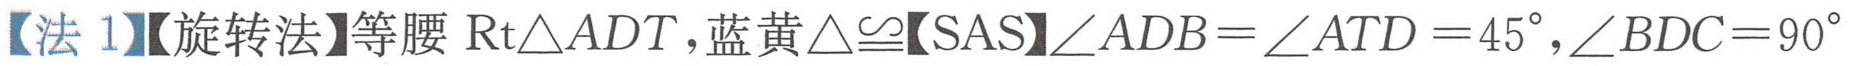
【法 1】【旋转法】等腰 $\mathrm{Rt}\triangle ADT$，蓝黄 $\triangle\cong$【SAS】$\angle ADB = \angle ATD = 45^{\circ},\angle BDC = 90^{\circ}$